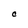
Character: C